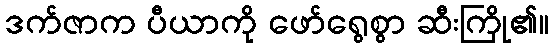
ဒက်ဇာက ပီယာကို ဖော်ရွေစွာ ဆီးကြို၏။